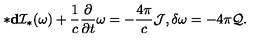
* { \bf d } { \cal I } _ { * } ( \omega ) + \frac { 1 } { c } \frac { \partial } { \partial t } \omega = - \frac { 4 \pi } { c } { \cal J } , \delta \omega = - 4 \pi { \cal Q } .